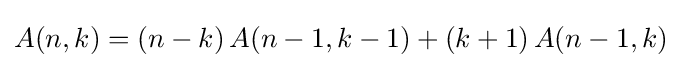
A(n,k)=(n-k)\,A(n-1,k-1)+(k+1)\,A(n-1,k)